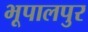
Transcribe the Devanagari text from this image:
भूपालपुर